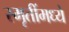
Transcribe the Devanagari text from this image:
स्मृतींमध्ये